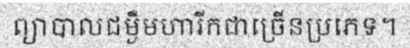
ព្យាបាលជម្ងឺមហារីកជាច្រើនប្រភេទ។